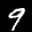
Label: 9